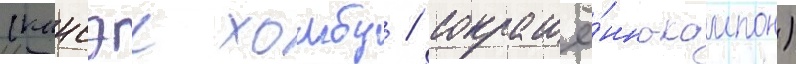
(кансэи хомбу / сокращё́нно-кампон)